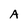
Character: A